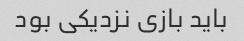
باید بازی نزدیکی بود